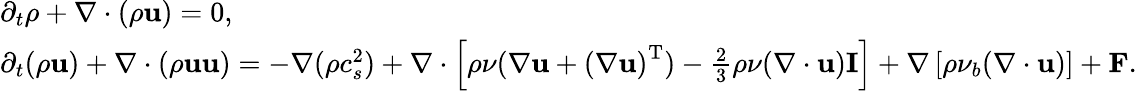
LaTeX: \begin{array}{l}{{\partial_{t}}\rho+\nabla\cdot(\rho{\mathbf{u}})=0,}\\ {{\partial_{t}}(\rho{\mathbf{u}})+\nabla\cdot(\rho{\mathbf{uu}})=-\nabla(\rho c_{s}^{2})+\nabla\cdot\left[{\rho\nu(\nabla{\mathbf{u}}+{{(\nabla{\mathbf{u}})}^{\mathrm{T}}})-\frac{2}{3}\rho\nu(\nabla\cdot{\mathbf{u}}){\mathbf{I}}}\right]+\nabla\left[{\rho{\nu_{b}}(\nabla\cdot{\mathbf{u}})}\right]+{\mathbf{F}}.}\end{array}